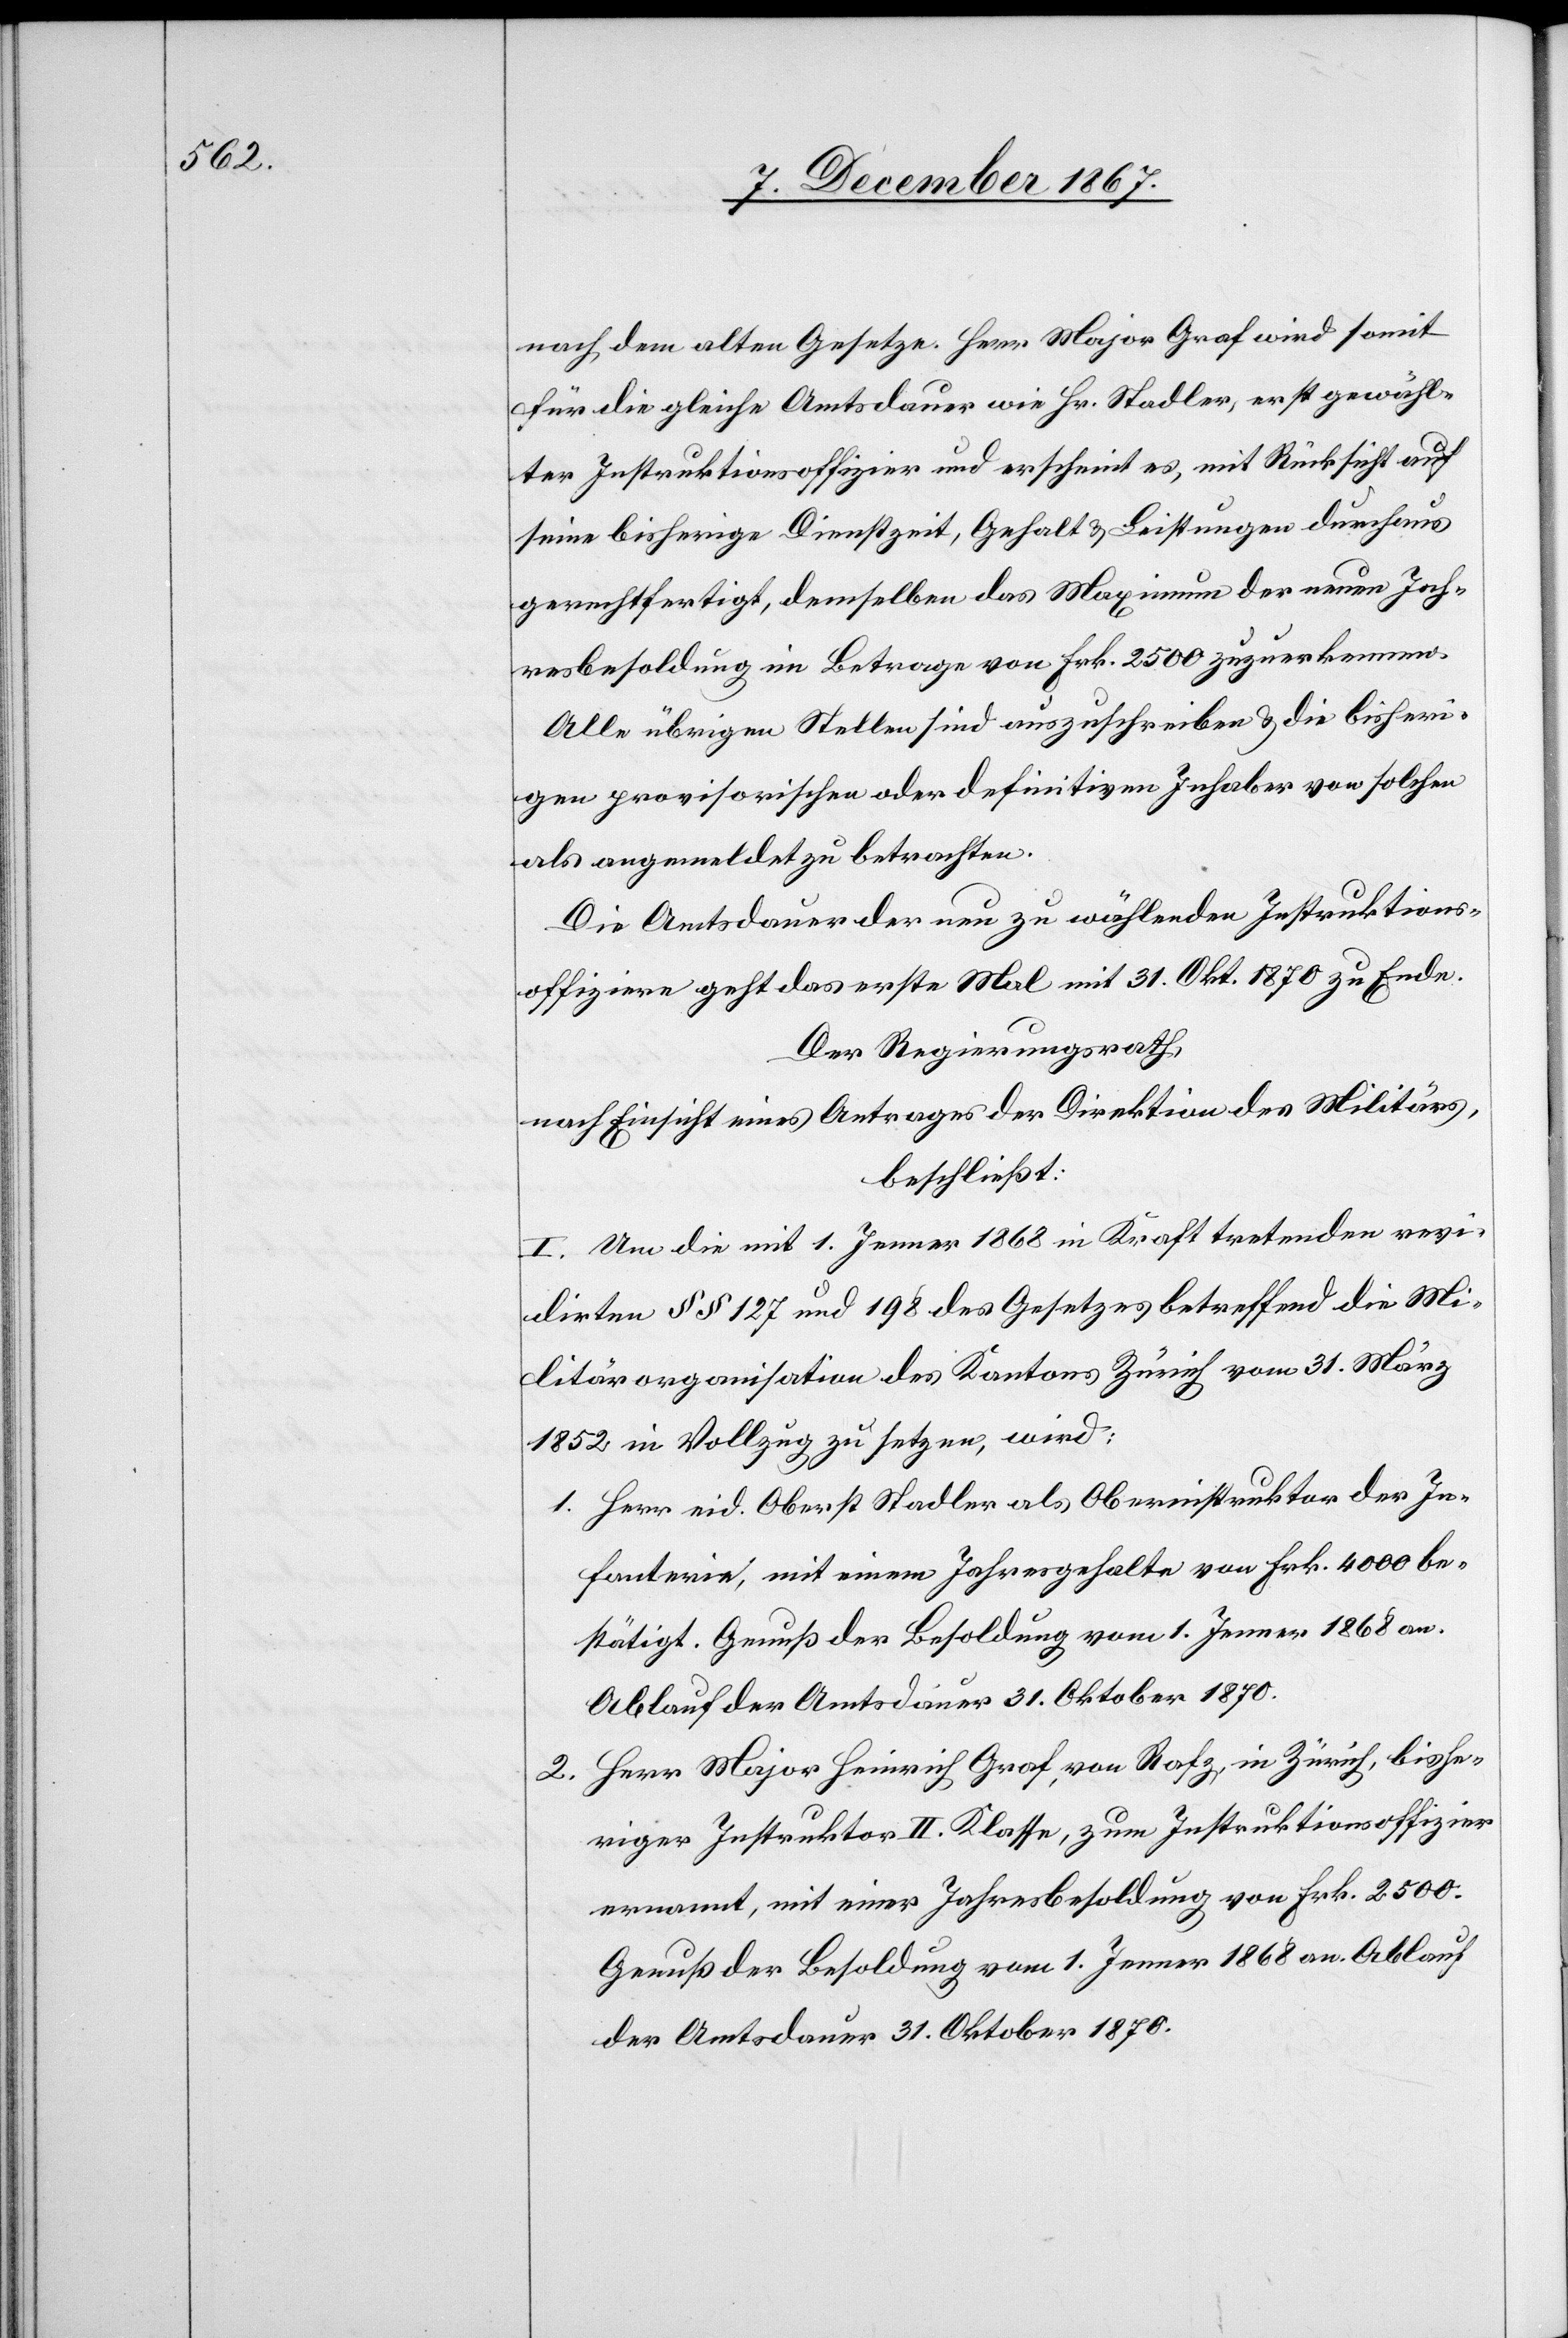
nach dem alten Gesetze. Herr Major Graf wird somit
für die gleiche Amtsdauer wie Hr. Stadler, erst gewähl¬
ter Instruktionsoffizier und erscheint es, mit Rücksicht auf
seine bisherige Dienstzeit, Gehalt u. Leistungen durchaus
gerechtfertigt, demselben das Maximum der neuen Jah¬
resbesoldung im Betrage von Frk. 2500 zuzuerkennen.
Alle übrigen Stellen sind auszuschreiben u. die bisheri¬
gen provisorischen oder definitiven Inhaber von solchen
als angemeldet zu betrachten.
Die Amtsdauer der neu zu wählenden Instruktions¬
offiziere geht das erste Mal mit 31. Okt 1870 zu Ende.
Der Regierungsrath,
nach Einsicht eines Antrages der Direktion des Militärs,
beschließt:
I. Um die mit 1. Jenner 1863 in Kraft tretenden revi¬
dirten § § 127 und 198 des Gesetzes betreffend die Mi¬
litärorganisation des Kantons Zürich vom 31. März
1852 in Vollzug zu setzen, wird:
1. Herr eid. Oberst Stadler als Oberinstruktor der In¬
fanterie, mit einem Jahresgehalt von Frk. 4000 be¬
stätigt. Genuß der Besoldung vom 1. Jenner 1868 an.
Ablauf der Amtsdauer 31. Oktober 1870.
2. Herr Major Heinrich Graf, von Rafz, in Zürich, bishe¬
riger Instruktor II. Klasse, zum Instruktionsoffizier
ernannt, mit einer Jahresbesoldung von Frk. 2500.
Genuß der Besoldung vom 1. Jenner 1868 an. Ablauf
der Amtsdauer 31. Oktober 1870.